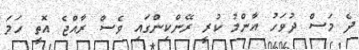
ދެ މަސް ދުވަހު އާންމު ކުރީ ރޭންކިންގައި ވެސް ރާއްޖެ އޮތީ ހަމަ